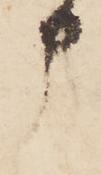
申